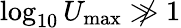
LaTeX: \log_{10}U_{\mathrm{max}}\not\gg 1